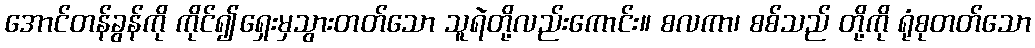
အောင်တန်ခွန်ကို ကိုင်၍ရှေးမှသွားတတ်သော သူရဲတို့လည်းကောင်း။ စလကာ၊ စစ်သည် တို့ကို ရုံစုတတ်သော